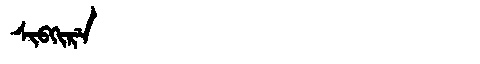
Manchu: ᠰᡳᠪᡴᡳᡵᡝ
Romanization: SIBKIRE